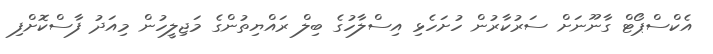
އެކްސްޕޯޓް ގާނޫނަށް ސަރުކާރުން ހުށަހެޅި އިސްލާހުގެ ބިލް ރައްޔިތުންގެ މަޖިލީހުން މިއަދު ފާސްކޮށްފި